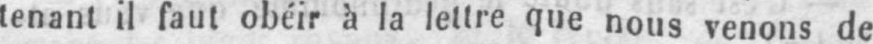
tenant il faut obéir à la lettre que nous venons de